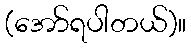
(အော်ရပါတယ်)။